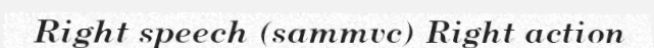
Right speech (sammvc) Right action